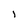
Character: i